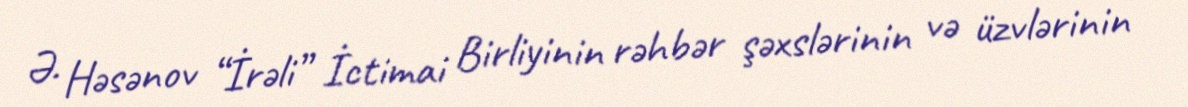
Ə. Həsənov “İrəli” İctimai Birliyinin rəhbər şəxslərinin və üzvlərinin